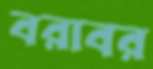
বরাবর